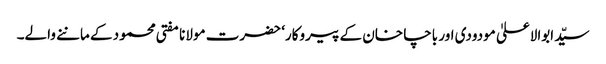
سیّد ابوالاعلیٰ مودودی اور باچا خان کے پیروکار‘ حضرت مولانا مفتی محمود کے ماننے والے۔